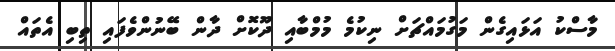
މާސްކު އަޅައިގެން މަގުމައްޗަށް ނިކުމެ މުމްބާއި ދޫކޮށް ދާން ބޭނުންވެފައި ތިބި އެތައް